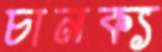
চানক্য